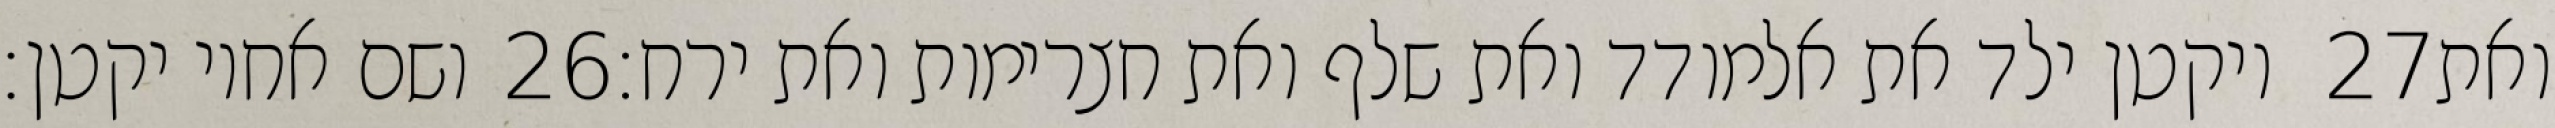
ושם אחיו יקטן׃ ‎26‏ ויקטן ילד את אלמודד ואת שלף ואת חצרימות ואת ירח׃ ‎27‏ ואת